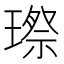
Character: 㻮